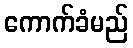
ကောက်ခံမည်